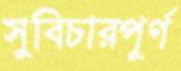
সুবিচারপূর্ণ